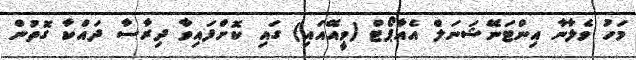
މަހު ވެލާނާ އިންޓަނޭޝަނަލް އެއާޕޯޓް (ވީއޭއައި) ގައި ކޮށްފައިވާ ދިރާސާ ދައްކާ ގޮތުން